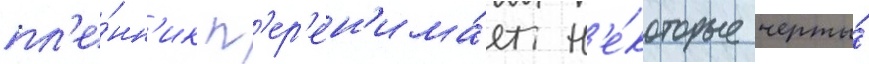
пл'е́нн'ик п'ер'ен'има́ет н'е́которые черты́